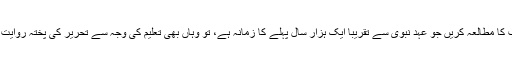
ہم یونان کی تہذیب کا مطالعہ کریں جو عہدِ نبوی سے تقریباً ایک ہزار سال پہلے کا زمانہ ہے، تو وہاں بھی تعلیم کی وجہ سے تحریر کی پختہ روایت کا سراغ ملتا ہے۔